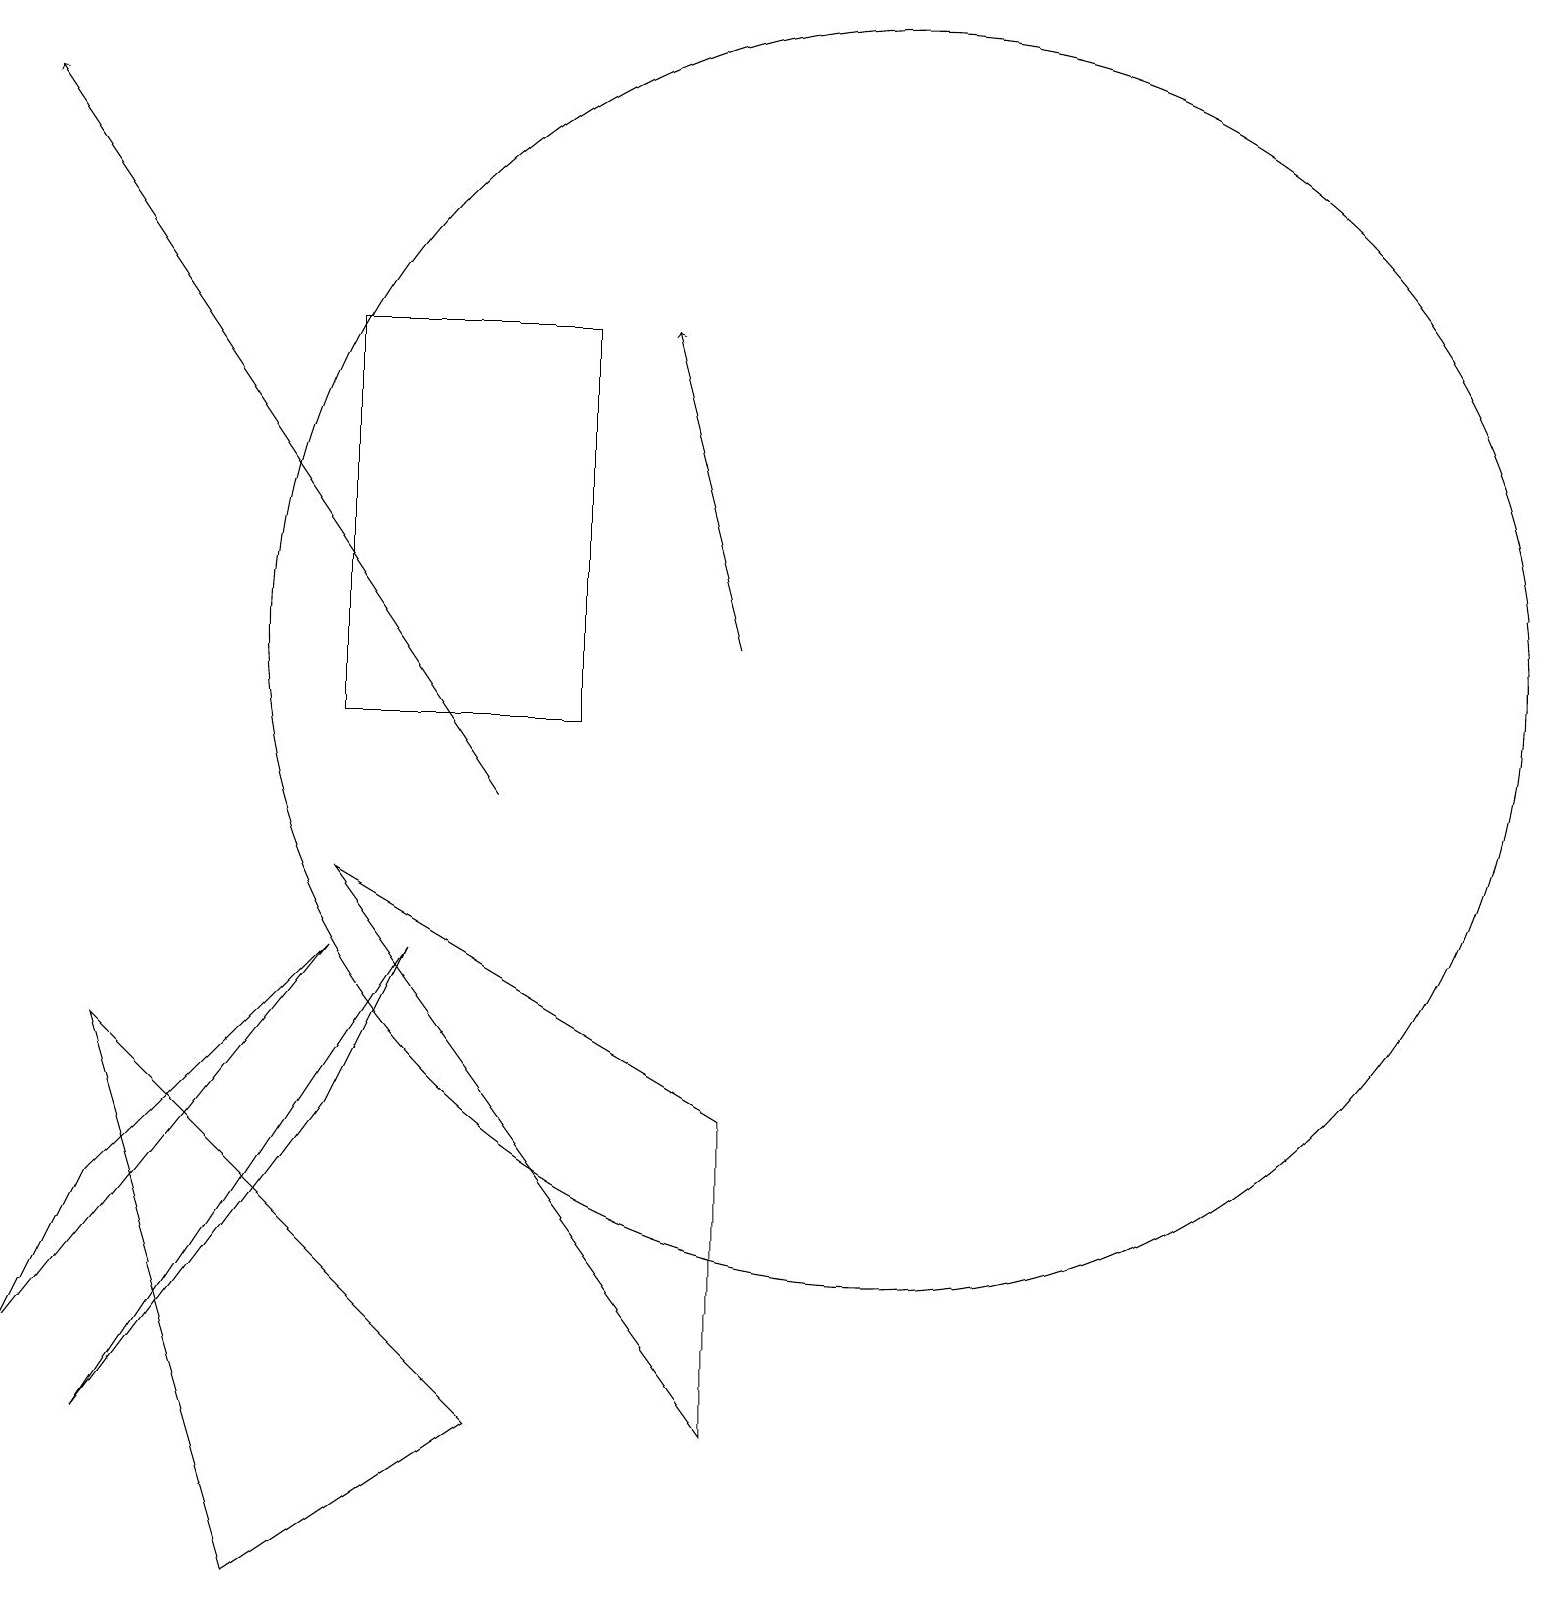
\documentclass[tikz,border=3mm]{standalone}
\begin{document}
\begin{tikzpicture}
\draw (6,2) -- (1,7) -- (3,0) -- cycle;
\draw (1,5) -- (0,3) -- (4,8) -- cycle;
\draw (9,6) -- (4,9) -- (9,2) -- cycle;
\draw (11,12) circle (8);
\draw[->] (9,12) -- (8,16);
\draw (1,2) -- (5,8) -- (4,6) -- cycle;
\draw[->] (6,10) -- (0,19);
\draw (4,11) rectangle (7,16);
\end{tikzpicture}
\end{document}